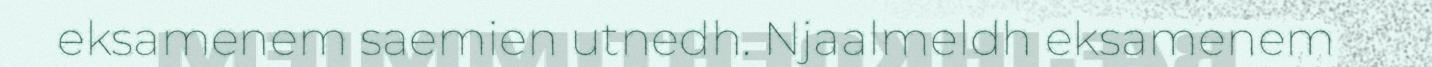
eksamenem saemien utnedh. Njaalmeldh eksamenem